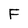
Character: F